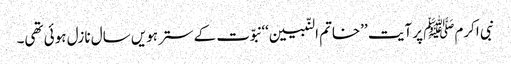
نبی اکرمﷺ پر آیت ’’خاتم النّبیین‘‘ نبوّت کے سترہویں سال نازل ہوئی تھی۔